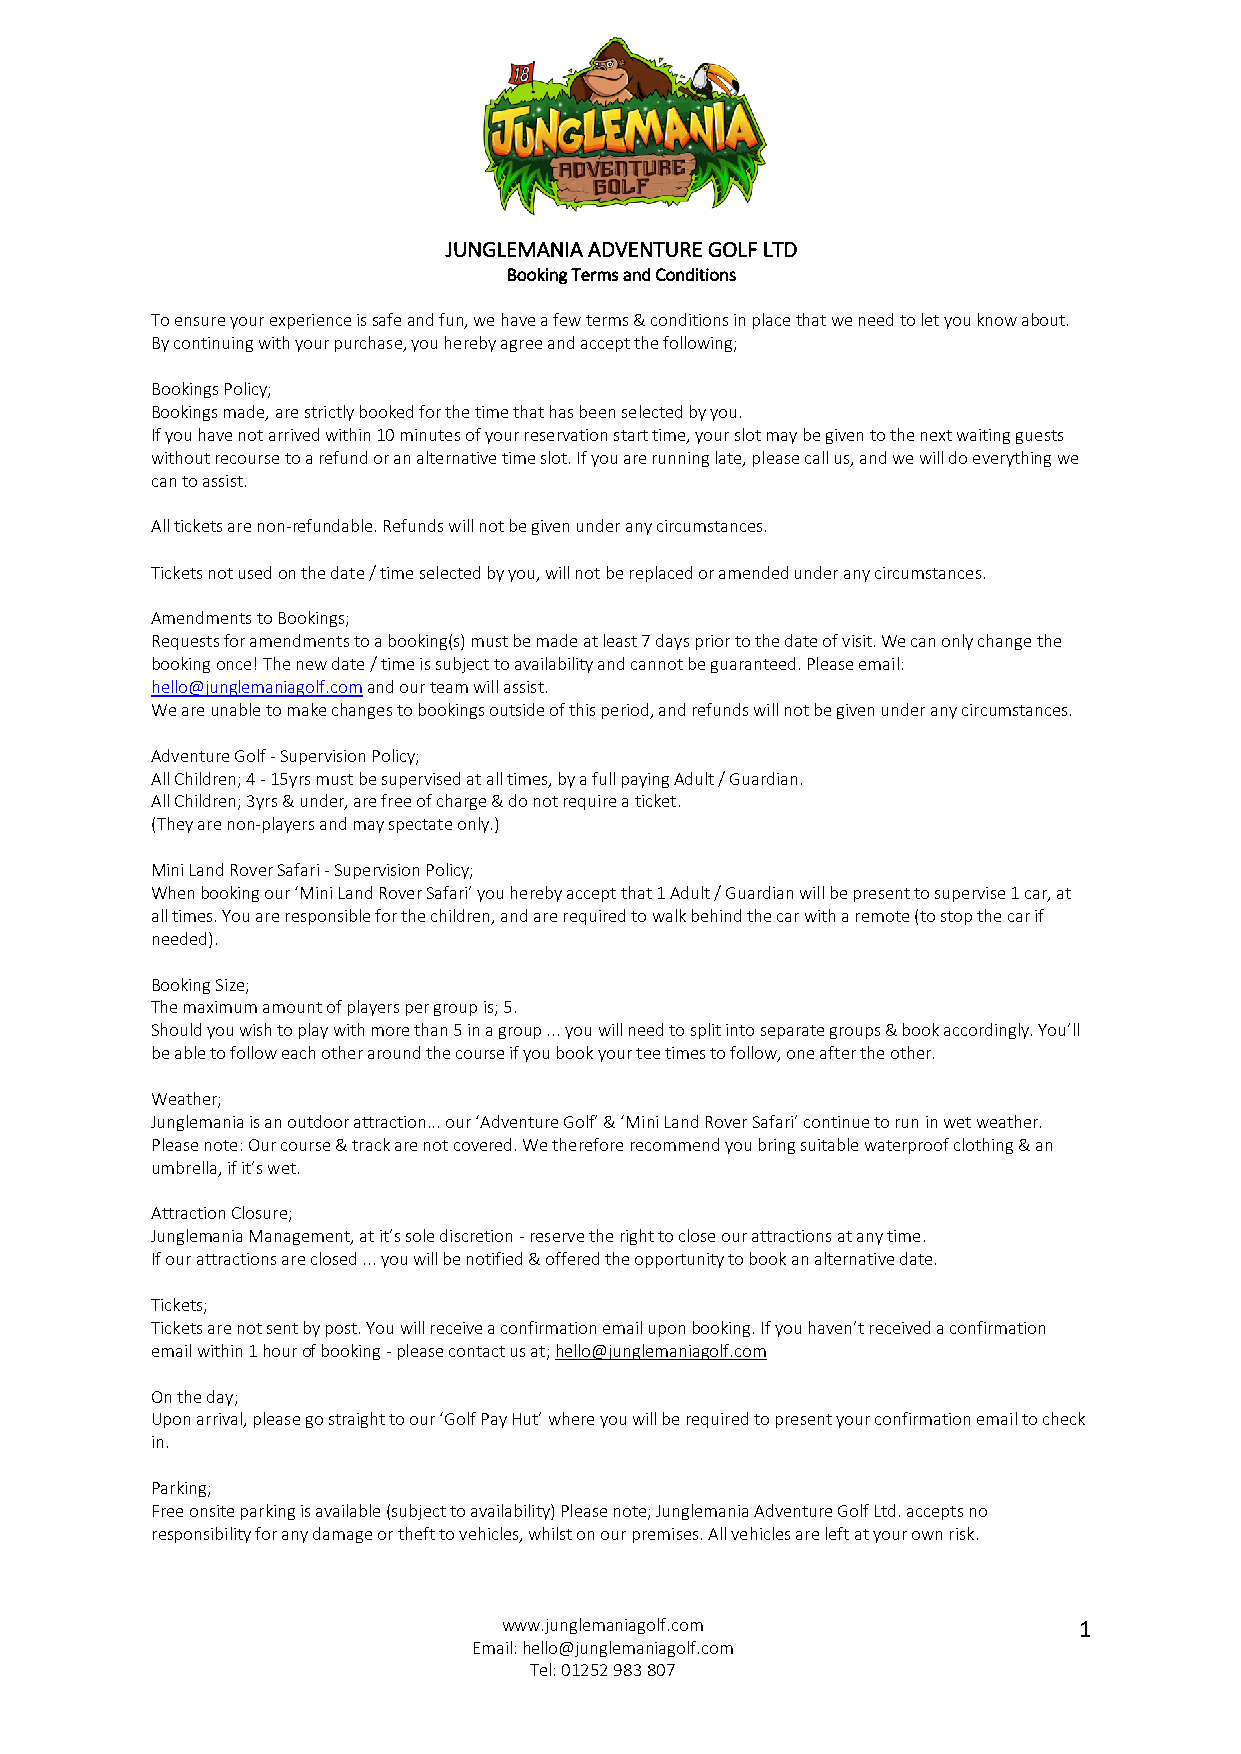
JUNGLEMANIA ADVENTURE GOLF LTD
 Booking Terms and Conditions
 To ensure your experience is safe and fun, we have a few terms & conditions in place that we need to let you know about.
 By continuing with your purchase, you hereby agree and accept the following;
 Bookings Policy;
 Bookings made, are strictly booked for the time that has been selected by you.
 If you have not arrived within 10 minutes of your reservation start time, your slot may be given to the next waiting guests
 without recourse to a refund or an alternative time slot. If you are running late, please call us, and we will do everything we
 can to assist.
 All tickets are non-refundable. Refunds will not be given under any circumstances.
 Tickets not used on the date / time selected by you, will not be replaced or amended under any circumstances.
 Amendments to Bookings;
 Requests for amendments to a booking(s) must be made at least 7 days prior to the date of visit. We can only change the
 booking once! The new date / time is subject to availability and cannot be guaranteed. Please email:
 hello@junglemaniagolf.com and our team will assist.
 We are unable to make changes to bookings outside of this period, and refunds will not be given under any circumstances.
 Adventure Golf - Supervision Policy;
 All Children; 4 - 15yrs must be supervised at all times, by a full paying Adult / Guardian.
 All Children; 3yrs & under, are free of charge & do not require a ticket.
 (They are non-players and may spectate only.)
 Mini Land Rover Safari - Supervision Policy;
 When booking our ‘Mini Land Rover Safari’ you hereby accept that 1 Adult / Guardian will be present to supervise 1 car, at
 all times. You are responsible for the children, and are required to walk behind the car with a remote (to stop the car if
 needed).
 Booking Size;
 The maximum amount of players per group is; 5.
 Should you wish to play with more than 5 in a group ... you will need to split into separate groups & book accordingly. You’ll
 be able to follow each other around the course if you book your tee times to follow, one after the other.
 Weather;
 Junglemania is an outdoor attraction... our ‘Adventure Golf’ & ‘Mini Land Rover Safari’ continue to run in wet weather.
 Please note: Our course & track are not covered. We therefore recommend you bring suitable waterproof clothing & an
 umbrella, if it’s wet.
 Attraction Closure;
 Junglemania Management, at it’s sole discretion - reserve the right to close our attractions at any time.
 If our attractions are closed ... you will be notified & offered the opportunity to book an alternative date.
 Tickets;
 Tickets are not sent by post. You will receive a confirmation email upon booking. If you haven’t received a confirmation
 email within 1 hour of booking - please contact us at; hello@junglemaniagolf.com
 On the day;
 Upon arrival, please go straight to our ‘Golf Pay Hut’ where you will be required to present your confirmation email to check
 in.
 Parking;
 Free onsite parking is available (subject to availability) Please note; Junglemania Adventure Golf Ltd. accepts no
 responsibility for any damage or theft to vehicles, whilst on our premises. All vehicles are left at your own risk.
 www.junglemaniagolf.com               1
 Email: hello@junglemaniagolf.com
 Tel: 01252 983 807